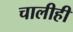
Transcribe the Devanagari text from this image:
चालीही